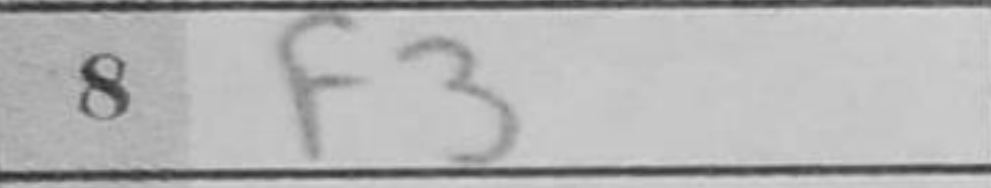
Transcription: f3